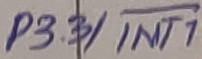
Text: P3.3/INT1